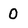
Character: 0